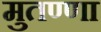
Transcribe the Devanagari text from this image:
मुतण्णा